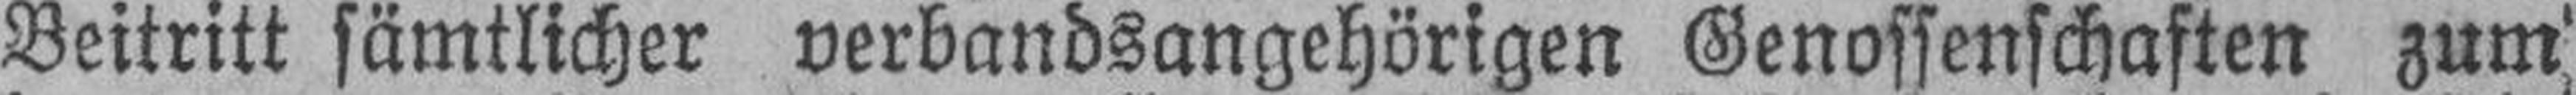
Beitritt sämtlicher verbandsangehörigen Genossenschaften zum